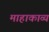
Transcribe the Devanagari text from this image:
माहाकाव्य